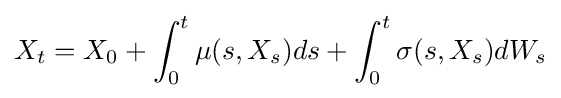
X_{t}=X_{0}+\int _{0}^{t}\mu (s,X_{s})ds+\int _{0}^{t}\sigma (s,X_{s})dW_{s}